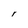
Character: r